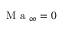
\mathrm { ~ M ~ a ~ } _ { \infty } = 0